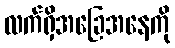
လက်ရှိအခြေအနေကို